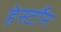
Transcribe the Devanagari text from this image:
हेर्स्टोन